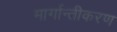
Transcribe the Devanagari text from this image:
मार्गान्तीकरण